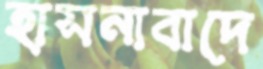
হাসনাবাদে